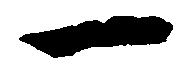
一